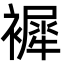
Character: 䙙